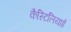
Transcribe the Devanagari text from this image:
कैस्टिलियाई